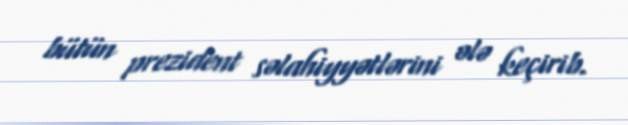
bütün prezident səlahiyyətlərini ələ keçirib.